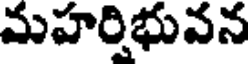
మహర్షిభువన